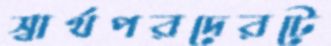
স্বার্থপরদেরটে